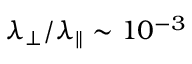
\lambda _ { \perp } / \lambda _ { \parallel } \sim 1 0 ^ { - 3 }